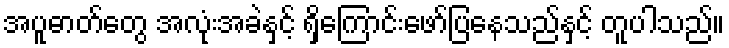
အပူဓာတ်တွေ အလုံးအခဲနှင့် ရှိကြောင်းဖော်ပြနေသည်နှင့် တူပါသည်။